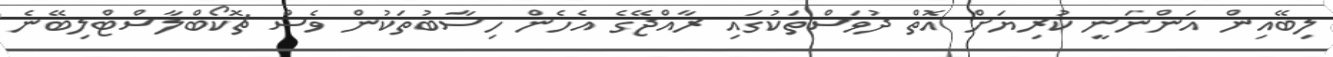
ލިބޭއިން އަންނަނީ ކުރިޔަށް އޮތް ދުވަސްތަކުގައި ރާއްޖޭގެ އެހެން ހިސާބުތަކުން ވެސް ޗޮކޯބްލާސްޓްލިބޭނެ